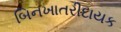
બિનખાતરીદાયક